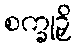
စက္ခုဉှိ